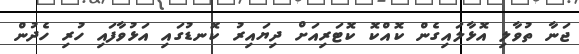
ޖަނާ ތުވާލި އޮޅާލައިގެން ކޮއްކޮ ކޮޓަރިއަށް ދިޔައިރު ކޮނޑުގައި އަޅުވާފައި ހުރި ހެދުން